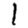
Digit: 1